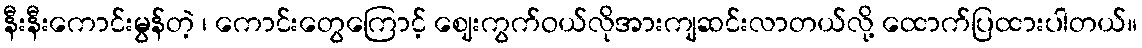
နီးနီးကောင်းမွန်တဲ့ ၊ ကောင်းတွေကြောင့် ဈေးကွက်ဝယ်လိုအားကျဆင်းလာတယ်လို့ ထောက်ပြထားပါတယ်။